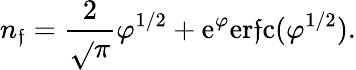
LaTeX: n_{\mathfrak{f}}={\frac{{2}}{{\sqrt{}{{\pi}}}}}\varphi^{1/2}+\mathrm{{e}}^{\varphi}\mathrm{{er\mathfrak{f}c}}(\varphi^{1/2}).